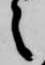
之